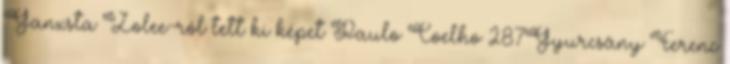
Ganxsta Zolee-ról tett ki képet Paulo Coelho 287Gyurcsány Ferenc